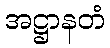
အဋ္ဌာနတံ